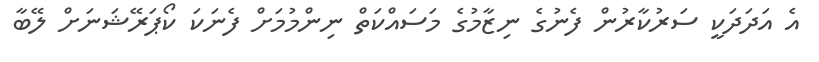
އެ އަދަދަކީ ސަރުކާރުން ފެނުގެ ނިޒާމުގެ މަސައްކަތް ނިންމުމަށް ފެނަކަ ކޯޕަރޭޝަނަށް ލޭބާ